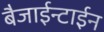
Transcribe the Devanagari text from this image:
बैजाईन्टाईन